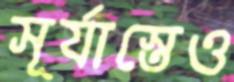
সূর্যাস্তেও